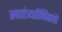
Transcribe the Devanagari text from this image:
स्वातंत्र्यसैनिकांचे